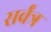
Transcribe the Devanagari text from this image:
सर्वंत्र